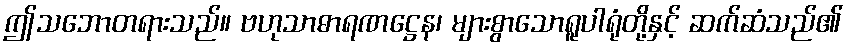
ဤသဘောတရားသည်။ ဗဟုသာဓာရဏဋ္ဌေန၊ များစွာသောရူပါရုံတို့နှင့် ဆက်ဆံသည်၏